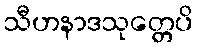
သီဟနာဒသုတ္တေပိ